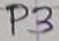
Text: P3